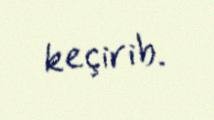
keçirib.